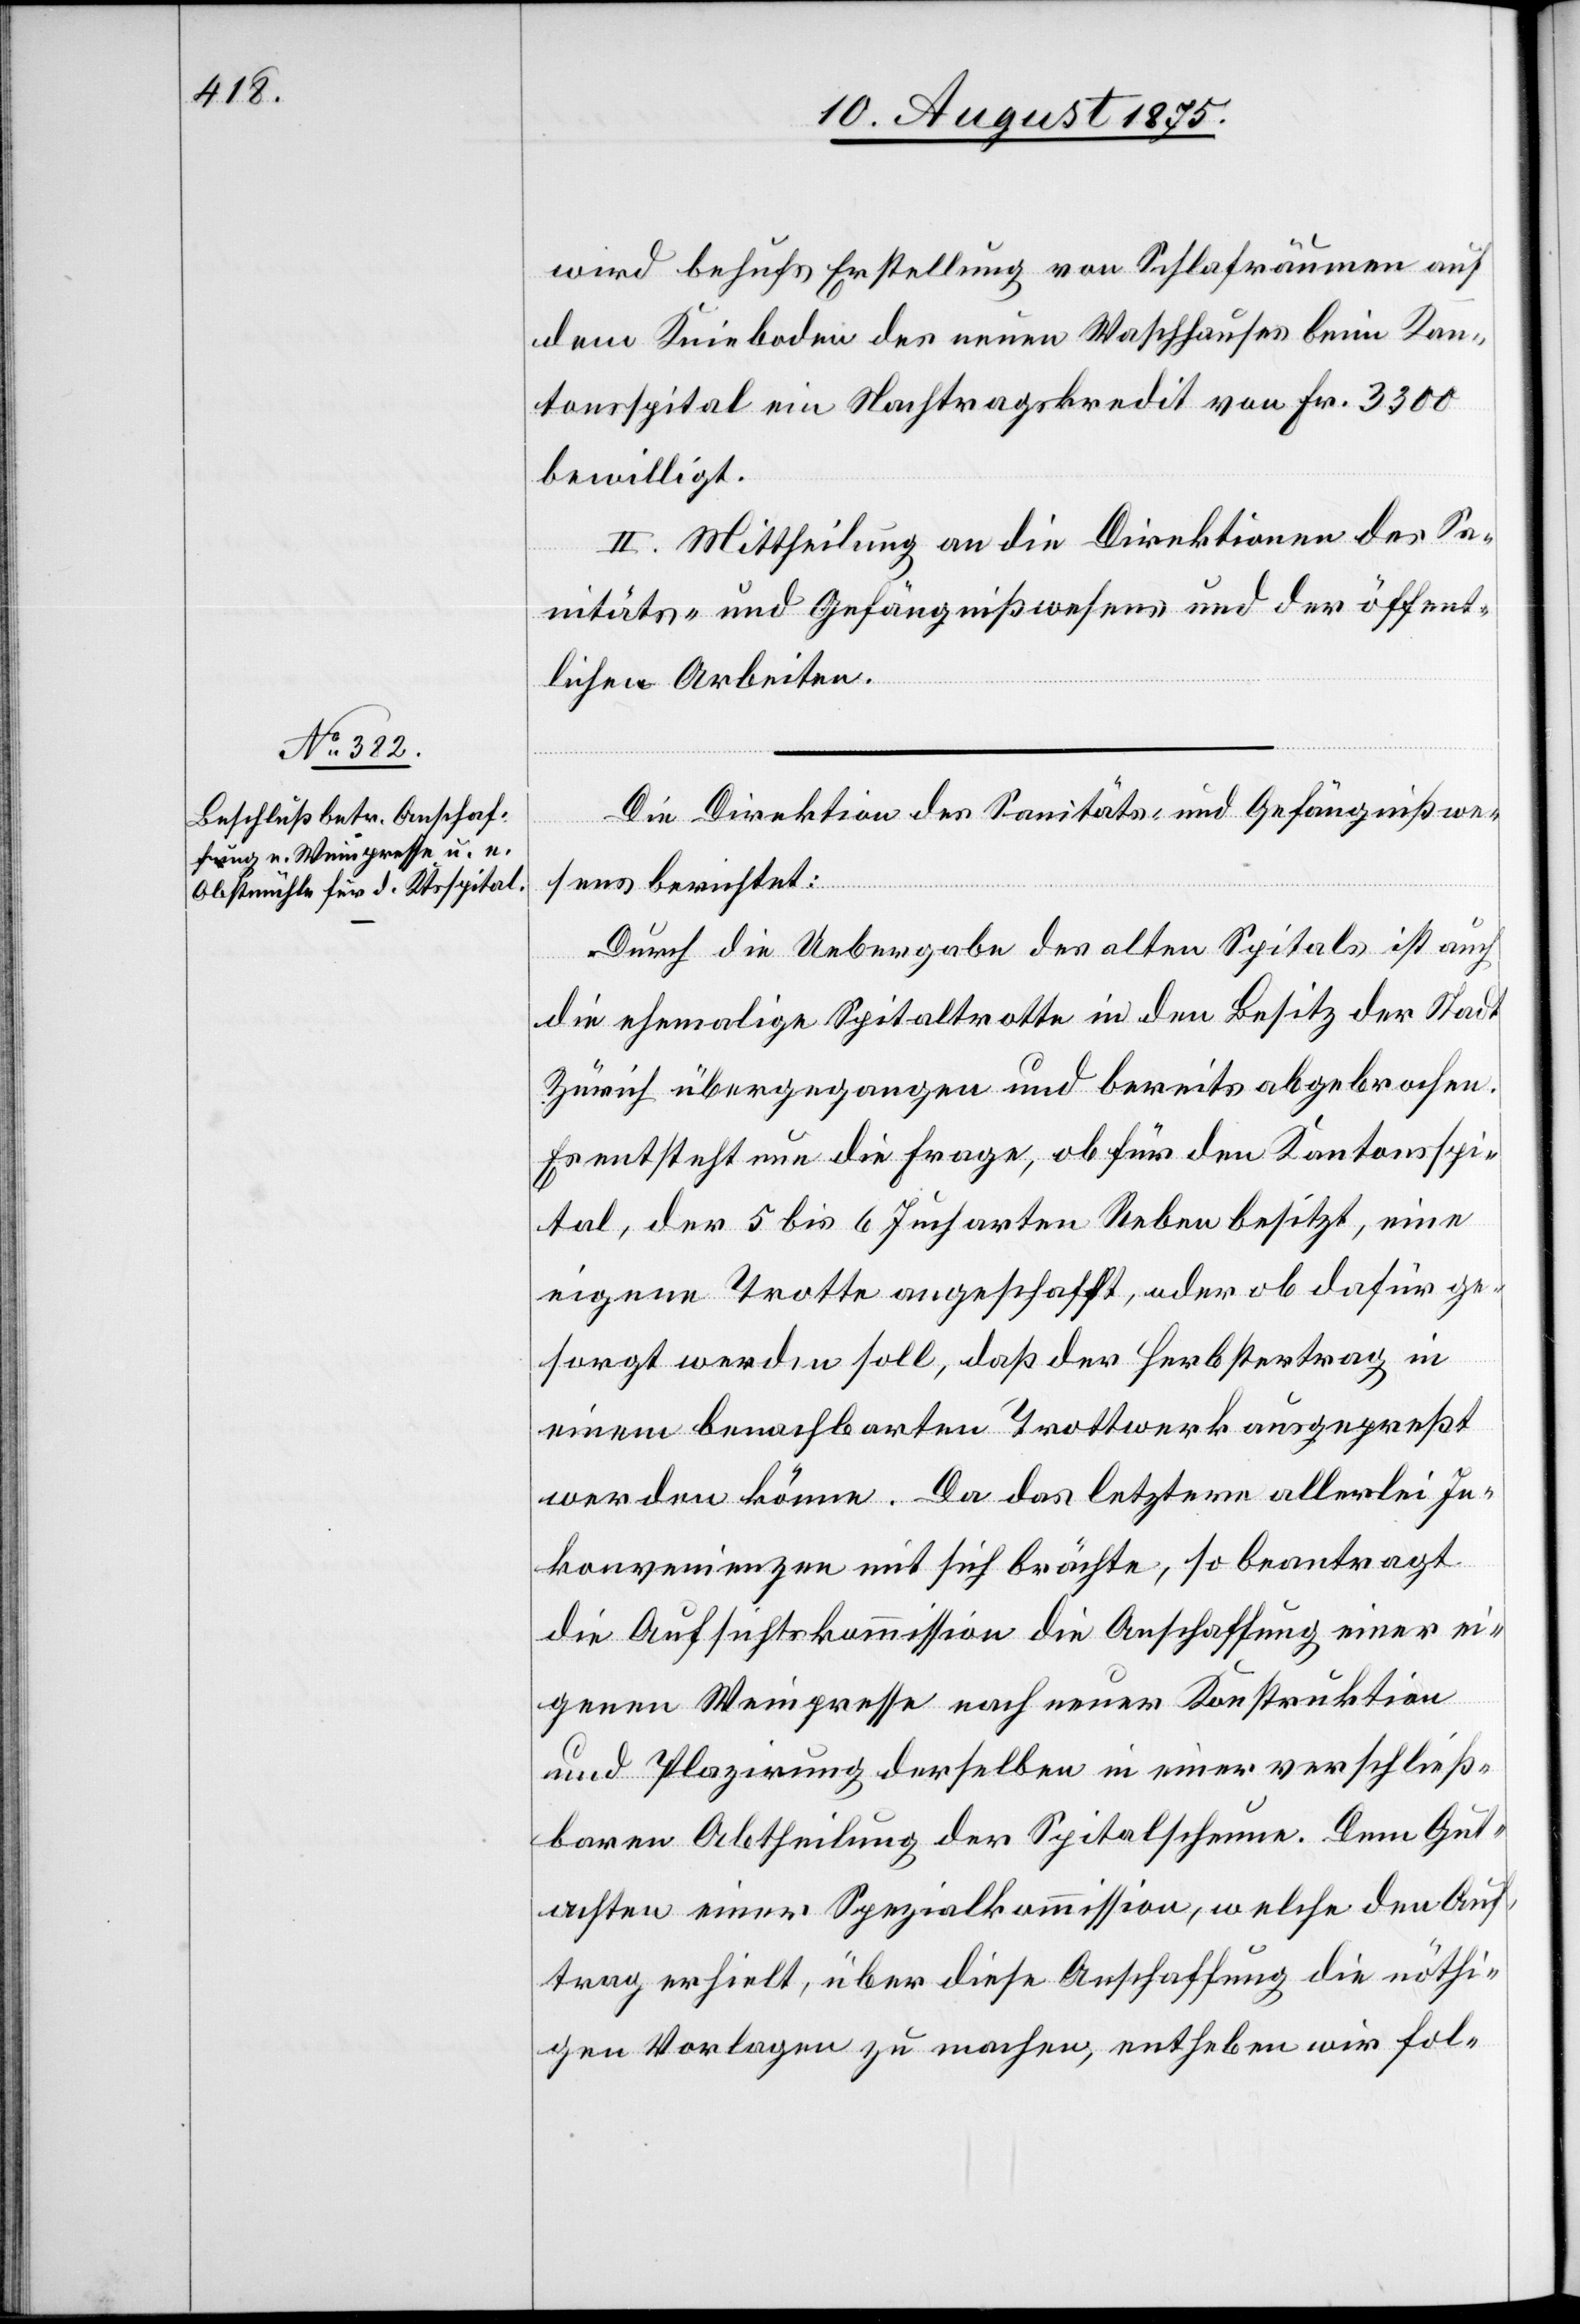
wird behufs Erstellung von Schlafräumen auf
dem Knieboden des neuen Waschhauses beim Kan¬
tonsspital ein Nachtragskredit von Fr. 3300
bewilligt.
II. Mittheilung an die Direktionen des Sa¬
nitäts- und Gefängnißwesens und der öffent¬
lichen Arbeiten.
Die Direktion des Sanitäts- und Gefängnißwe¬
sens berichtet:
Durch die Uebergabe des alten Spitals ist auch
die ehemalige Spitaltrotte in den Besitz der Stadt
Zürich übergegangen und bereits abgebrochen.
Es entsteht nun die Frage, ob für den Kantonsspi¬
tal, der 5 bis 6 Jucharten Reben besitzt, eine
eigene Trotte angeschafft, oder ob dafür ge¬
sorgt werden soll, daß der Herbstertrag in
einem benachbarten Trottwerk ausgepreßt
werden könne. Da das letztere allerlei In¬
konvenienzen mit sich brächte, so beantragt
die Aufsichtskommission die Anschaffung einer ei¬
genen Weinpresse nach neuer Konstruktion
und Plazirung derselben in einer verschließ¬
baren Abheilung der Spitalscheune. Dem Gut¬
achten einer Spezialkommission, welche den Auf¬
trag erhielt, über diese Anschaffung die nöthi¬
gen Vorlagen zu machen, entheben wir fol-